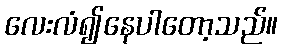
လေးလံ၍နေပါတော့သည်။